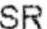
SR